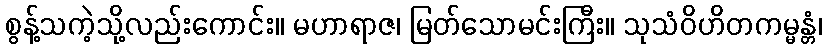
စွန့်သကဲ့သို့လည်းကောင်း။ မဟာရာဇ၊ မြတ်သောမင်းကြီး။ သုသံဝိဟိတကမ္မန္တံ၊